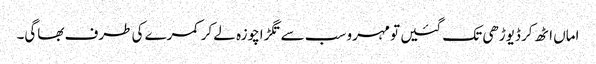
اماں اٹھ کر ڈیوڑھی تک گئیں تو مہرو سب سے تگڑاچوزہ لے کر کمرے کی طرف بھاگی۔